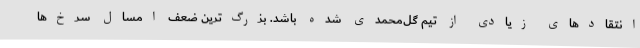
انتقادهای زیادی از تیم گل‌محمدی شده باشد. بزرگ‌ترین ضعف امسال سرخ‌ها